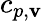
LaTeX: c_{p,\mathbf{v}}